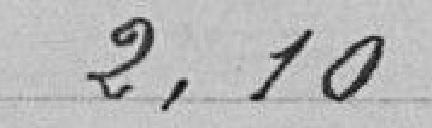
2, 10